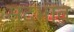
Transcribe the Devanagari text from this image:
सद्‍भाव